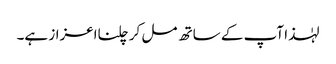
لہٰذا آپ کے ساتھ مل کر چلنااعزاز ہے۔